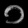
Digit: ၁